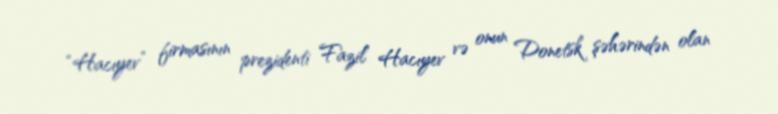
“Hacıyev” firmasının prezidenti Fazil Hacıyev və onun Donetsk şəhərindən olan